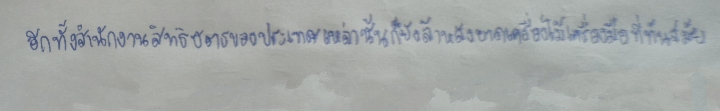
อีกทั้งสำนักงานสิทธิบัตรของประเทศเหล่านั้นก็ยังล้าหลังขาดเครื่องไม้เครื่องมือที่ทันสมัย